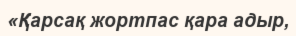
«Қарсақ жортпас қара адыр,